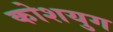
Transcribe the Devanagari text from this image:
कोशयुग